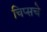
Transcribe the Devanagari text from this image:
चिप्सचे